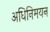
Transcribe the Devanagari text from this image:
अधिनिमयन